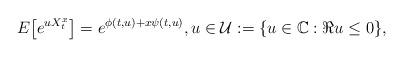
LaTeX: \begin{align*}E\big[e^{uX^x_t}\big]=e^{\phi(t,u)+x\psi(t,u)}, u \in \mathcal{U}:=\{u \in \mathbb{C}: \Re u \le 0\},\end{align*}